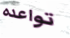
تواعده